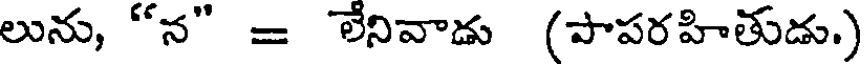
లును, "న" = లేనివాడు (పాపరహితుడు.)